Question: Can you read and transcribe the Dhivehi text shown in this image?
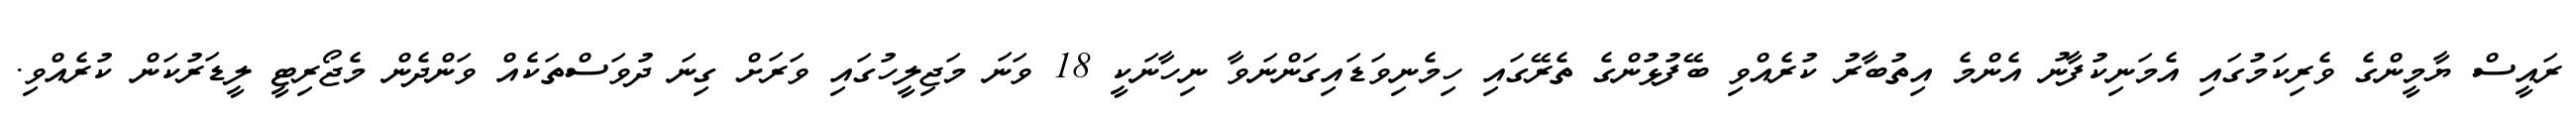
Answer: ރައީސް ޔާމީންގެ ވެރިކަމުގައި އެމަނިކުފާނު އެންމެ އިތުބާރު ކުރެއްވި ބޭފުޅުންގެ ތެރޭގައި ހިމެނިވަޑައިގަންނަވާ ނިހާނަކީ 18 ވަނަ މަޖިލީހުގައި ވަރަށް ގިނަ ދުވަސްތަކެއް ވަންދެން މެޖޯރިޓީ ލީޑަރުކަން ކުރެއްވި.